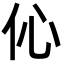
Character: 伈